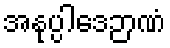
အနုပ္ပါဒေဉာဏံ